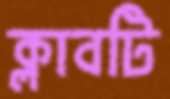
ক্লাবটি